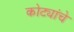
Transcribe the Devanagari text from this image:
कोट्यांचे